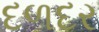
દળદર